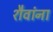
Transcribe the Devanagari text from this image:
शैवांना